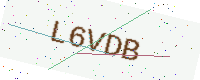
Text: L6VDB